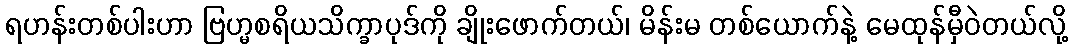
ရဟန်းတစ်ပါးဟာ ဗြဟ္မစရိယသိက္ခာပုဒ်ကို ချိုးဖောက်တယ်၊ မိန်းမ တစ်ယောက်နဲ့ မေထုန်မှီဝဲတယ်လို့